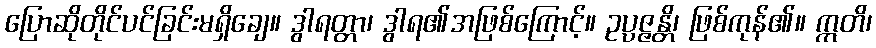
ပြောဆိုတိုင်ပင်ခြင်းမရှိချေ။ ဒွါရတ္တာ၊ ဒွါရ၏အဖြစ်ကြောင့်။ ဥပ္ပဇ္ဇန္တိ၊ ဖြစ်ကုန်၏။ ဣတိ၊